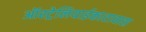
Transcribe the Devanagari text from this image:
ऑस्ट्रेलियाईकारावास